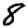
Digit: 8